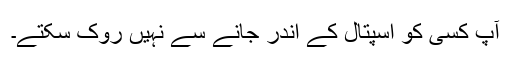
آپ کسی کو اسپتال کے اندر جانے سے نہیں روک سکتے۔